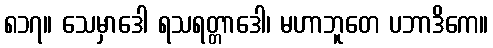
၈၁၇။ သေမှာဒေါ ရသရတ္တာဒေါ၊ မဟာဘူတေ ပဘာဒိကေ။